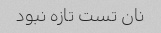
نان تست تازه نبود